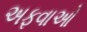
અફવાઓ